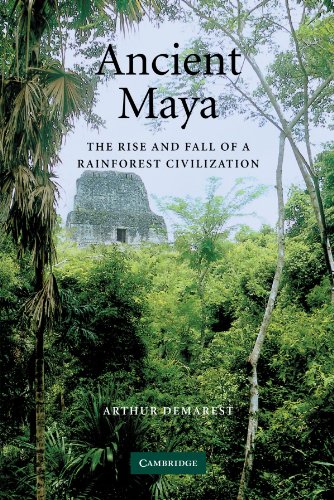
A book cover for Ancient Maya: The Rise and Fall of a Rainforest Civilization (Case Studies in Early Societies); Arthur Demarest; History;